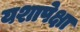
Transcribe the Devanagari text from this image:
यशापेक्षा